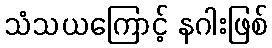
သံသယကြောင့် နဂါးဖြစ်